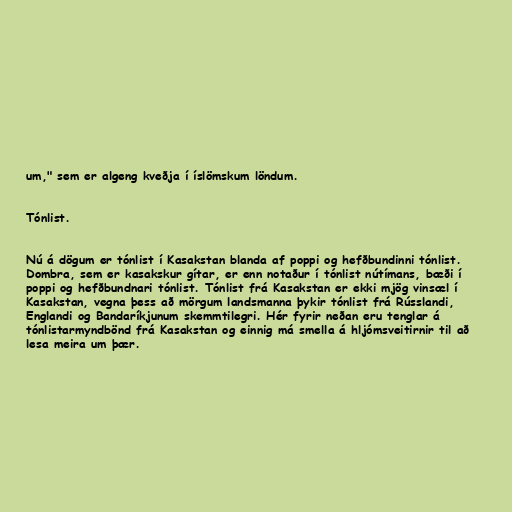
um," sem er algeng kveðja í íslömskum löndum.

Tónlist.

Nú á dögum er tónlist í Kasakstan blanda af poppi og hefðbundinni tónlist.
Dombra, sem er kasakskur gítar, er enn notaður í tónlist nútímans, bæði í
poppi og hefðbundnari tónlist. Tónlist frá Kasakstan er ekki mjög vinsæl í
Kasakstan, vegna þess að mörgum landsmanna þykir tónlist frá Rússlandi,
Englandi og Bandaríkjunum skemmtilegri. Hér fyrir neðan eru tenglar á
tónlistarmyndbönd frá Kasakstan og einnig má smella á hljómsveitirnir til að
lesa meira um þær.